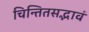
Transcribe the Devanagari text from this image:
चिन्तितसद्भावं